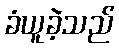
ခံယူခဲ့သည်